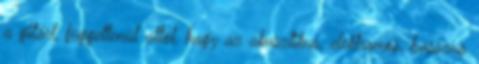
a gitárt, függetlenül attól, hogy az akusztikus, elektromos, basszus